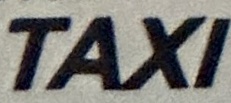
TAXI